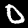
Label: 0